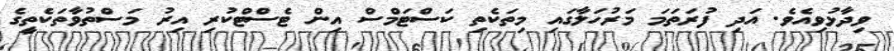
ވިދާޅުވިއެވެ. އަދި ފުރަތަމަ މަރުހަލާގައި މިތަކެތި ކަސްޓަމްސް އިން ޓެސްޓްކުރި އިރު މަސްތުވާތަކެތީގެ